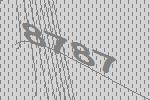
8787